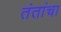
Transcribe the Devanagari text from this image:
तंतांचा